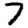
Digit: 7